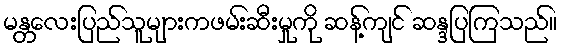
မန္တလေးပြည်သူများကဖမ်းဆီးမှုကို ဆန့်ကျင် ဆန္ဒပြကြသည်။